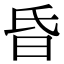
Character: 昏